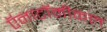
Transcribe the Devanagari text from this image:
ऍनाटॉमीकल